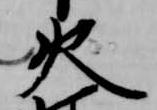
火